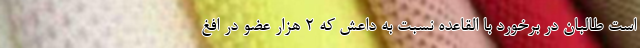
است طالبان در برخورد با القاعده نسبت به داعش که ۲ هزار عضو در افغ